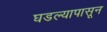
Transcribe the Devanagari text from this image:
घडल्यापासून